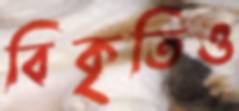
বিকৃতিও